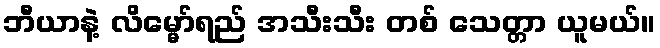
ဘီယာနဲ့ လိမ္မော်ရည် အသီးသီး တစ် သေတ္တာ ယူမယ်။